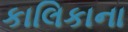
કાલિકાના